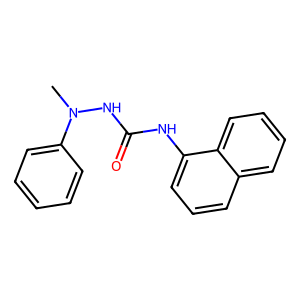
SMILES: CN(NC(=O)Nc1cccc2ccccc12)c1ccccc1
Inhibits HIV replication: No